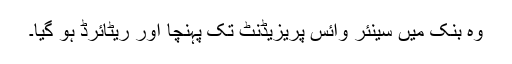
وہ بنک میں سینئر وائس پریزیڈنٹ تک پہنچا اور ریٹائرڈ ہو گیا۔